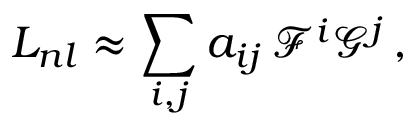
L _ { n l } \approx \sum _ { i , j } a _ { i j } \, \mathcal { F } ^ { i } \mathcal { G } ^ { j } \, ,